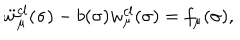
\ddot { w } _ { \mu } ^ { c l } ( \sigma ) - b ( \sigma ) { w } _ { \mu } ^ { c l } ( \sigma ) = f _ { \mu } ( \sigma ) ,